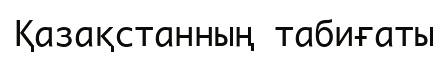
Қазақстанның табиғаты